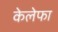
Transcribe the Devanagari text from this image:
केलेफा